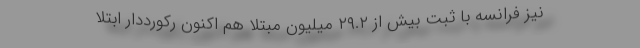
نیز فرانسه با ثبت بیش از ۲۹.۲ میلیون مبتلا هم اکنون رکورددار ابتلا